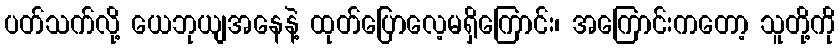
ပတ်သက်လို့ ယေဘုယျအနေနဲ့ ထုတ်ပြောလေ့မရှိကြောင်း၊ အကြောင်းကတော့ သူတို့ကို